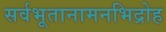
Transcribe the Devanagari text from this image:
सर्वभूतानामनभिद्रोह